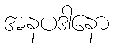
အနပဒါနော